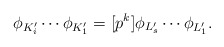
\begin{align*}\phi_{K_{i}'} \cdots \phi_{K_{1}'} = [p^k]\phi_{L_s'} \cdots \phi_{L_1'}. \end{align*}